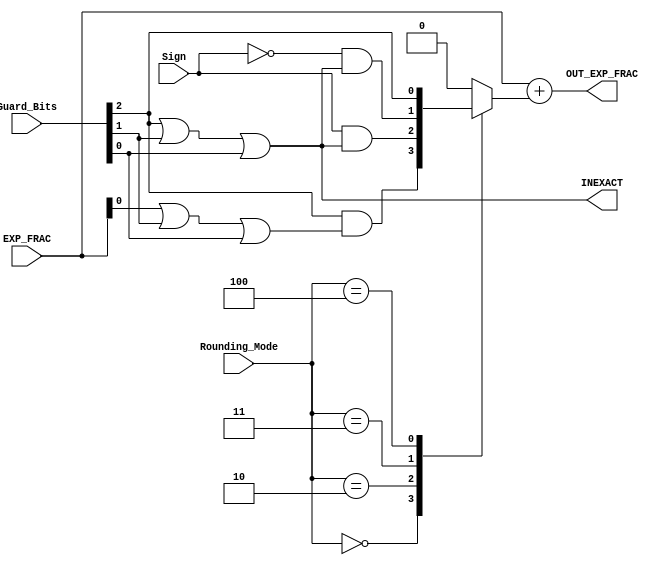
//******************************************************************************
// Copyright (c) 2014 - 2018, Indian Institute of Science, Bangalore.
// All Rights Reserved. See LICENSE for license details.
//------------------------------------------------------------------------------

// Contributors
// Akshay Birari (akshay@alum.iisc.ac.in), Piyush Birla (piyush@alum.iisc.ac.in)
// Suseela Budi (suseela@alum.iisc.ac.in), Pradeep Gupta (gupta@alum.iisc.ac.in)
// Kavya Sharat (kavyasharat@alum.iisc.ac.in), Sumeet Bandishte (sumeet.bandishte30@gmail.com)
// Kuruvilla Varghese (kuru@iisc.ac.in)
`timescale 1ns / 1ps

`define RNE 3'b000
`define RZ  3'b001
`define RDN 3'b010                    
`define RUP 3'b011
`define RMM 3'b100

module Rounding_Mode_SP
(
    input [32:0] EXP_FRAC,
    input [2:0] Rounding_Mode,
    input [2:0] Guard_Bits, 
    input Sign,
    output reg [32:0] OUT_EXP_FRAC,
    output reg INEXACT
);

wire LSB;
wire Guard;          
wire Round;
wire Sticky;
reg Add_Rounding_Bit;

assign LSB = EXP_FRAC[0];
assign Guard = Guard_Bits[2];
assign Round = Guard_Bits[1];
assign Sticky = Guard_Bits[0];

always @(*) begin
    case(Rounding_Mode)
        `RNE : begin
                Add_Rounding_Bit <= Guard & (LSB | Round | Sticky);
                end
        `RZ  : begin
                Add_Rounding_Bit <= 1'b0;
                end
        `RDN : begin
                Add_Rounding_Bit <= Sign & (Guard | Round | Sticky);
                end
        `RUP : begin
                Add_Rounding_Bit <= (~Sign) & (Guard | Round | Sticky);
                end
        `RMM : begin
                Add_Rounding_Bit <= Guard;
                end
        default: begin
                Add_Rounding_Bit <= 1'b0;
                end        
    endcase;
end

always @(*) begin
    OUT_EXP_FRAC = EXP_FRAC + {32'b00000000000000000000000000000000, Add_Rounding_Bit};
    
    INEXACT <= (Guard | Round | Sticky);
end
endmodule




module Rounding_Mode_DP
(
    input [64:0] EXP_FRAC,
    input [2:0] Rounding_Mode,
    input [2:0] Guard_Bits, 
    input Sign,
    output reg [64:0] OUT_EXP_FRAC,
    output reg INEXACT
);

wire LSB;
wire Guard;          
wire Round;
wire Sticky;
reg Add_Rounding_Bit;

assign LSB = EXP_FRAC[0];
assign Guard = Guard_Bits[2];
assign Round = Guard_Bits[1];
assign Sticky = Guard_Bits[0];

always @(*) begin
    case(Rounding_Mode)
        `RNE : begin
                Add_Rounding_Bit <= Guard & (LSB | Round | Sticky);
                end
        `RZ  : begin
                Add_Rounding_Bit <= 1'b0;
                end
        `RDN : begin
                Add_Rounding_Bit <= Sign & (Guard | Round | Sticky);
                end
        `RUP : begin
                Add_Rounding_Bit <= (~Sign) & (Guard | Round | Sticky);
                end
        `RMM : begin
                Add_Rounding_Bit <= Guard;
                end
        default: begin
                Add_Rounding_Bit <= 1'b0;
                end        
    endcase;
end

always @(*) begin
    OUT_EXP_FRAC = EXP_FRAC + {64'b0000000000000000000000000000000000000000000000000000000000000000, Add_Rounding_Bit};
    
    INEXACT <= (Guard | Round | Sticky);
end
endmodule